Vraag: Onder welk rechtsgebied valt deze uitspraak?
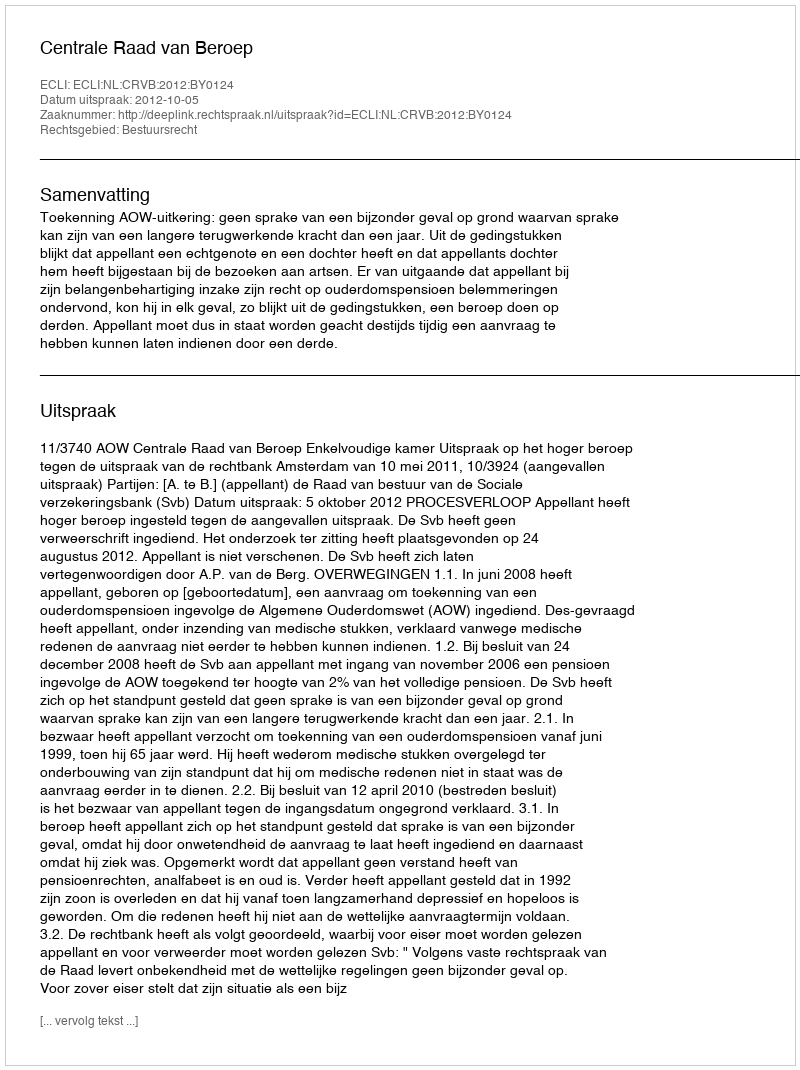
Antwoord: Bestuursrecht